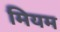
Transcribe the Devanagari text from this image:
मियम